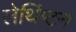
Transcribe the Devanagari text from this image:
लेथिंग्टन